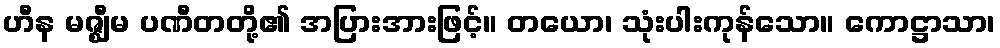
ဟီန မဇ္ဈီမ ပဏီတတို့၏ အပြားအားဖြင့်။ တယော၊ သုံးပါးကုန်သော။ ကောဋ္ဌာသာ၊